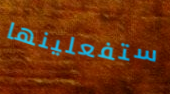
ستفعلينها